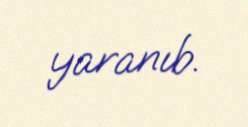
yaranıb.